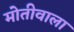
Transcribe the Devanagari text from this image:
मोतीवाला